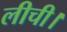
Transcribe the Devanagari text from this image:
लीची।